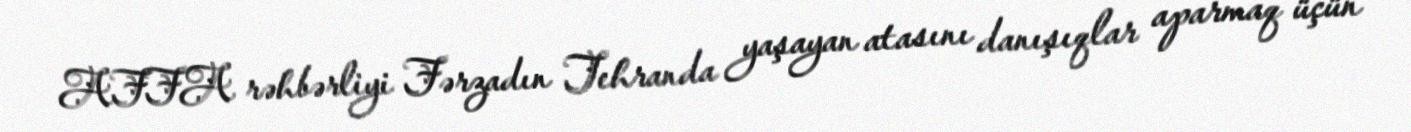
AFFA rəhbərliyi Fərzadın Tehranda yaşayan atasını danışıqlar aparmaq üçün